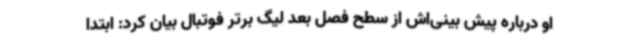
او درباره پیش بینی‌اش از سطح فصل بعد لیگ برتر فوتبال بیان کرد: ابتدا